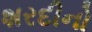
શરદીનો